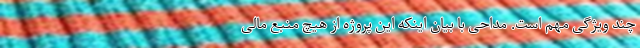
چند ویژگی مهم است. مداحی با بیان اینکه این پروژه از هیچ منبع مالی